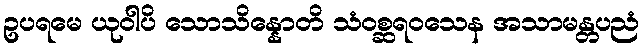
ဥပရမေ ယုဝါပိ သောသိန္နောတိ သံဝစ္ဆရဝသေန အသာမန္တပညံ